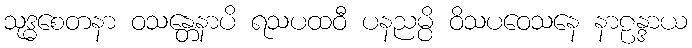
သုဒ္ဓစေတနာ ဝသန္တေနာပိ ရသပထဝီ ပနညမ္ပိ ဝိသပဝေသနေ နာဠန္ဒာယ